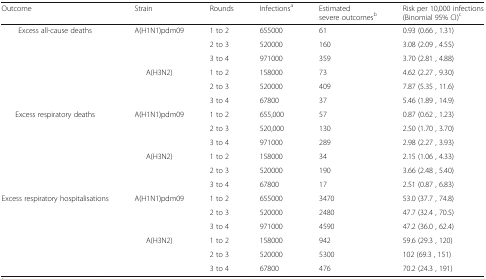
| Outcome | Strain | Rounds | Infectionsa | Estimated severe outcomesb | Risk per 10,000 infections (Binomial 95% CI)c |
 | --- | --- | --- | --- | --- | --- |
 | <ROWSPAN=6> Excess all-cause deaths | <ROWSPAN=3> A(H1N1)pdm09 | 1 to 2 | 655000 | 61 | 0.93 (0.66 , 1.31) |
 | 2 to 3 | 520000 | 160 | 3.08 (2.09 , 4.55) |
 | 3 to 4 | 971000 | 359 | 3.70 (2.81 , 4.88) |
 | <ROWSPAN=3> A(H3N2) | 1 to 2 | 158000 | 73 | 4.62 (2.27 , 9.30) |
 | 2 to 3 | 520000 | 409 | 7.87 (5.35 , 11.6) |
 | 3 to 4 | 67800 | 37 | 5.46 (1.89 , 14.9) |
 | <ROWSPAN=6> Excess respiratory deaths | <ROWSPAN=3> A(H1N1)pdm09 | 1 to 2 | 655,000 | 57 | 0.87 (0.62 , 1.23) |
 | 2 to 3 | 520,000 | 130 | 2.50 (1.70 , 3.70) |
 | 3 to 4 | 971000 | 289 | 2.98 (2.27 , 3.93) |
 | <ROWSPAN=3> A(H3N2) | 1 to 2 | 158000 | 34 | 2.15 (1.06 , 4.33) |
 | 2 to 3 | 520000 | 190 | 3.66 (2.48 , 5.40) |
 | 3 to 4 | 67800 | 17 | 2.51 (0.87 , 6.83) |
 | <ROWSPAN=6> Excess respiratory hospitalisations | <ROWSPAN=3> A(H1N1)pdm09 | 1 to 2 | 655000 | 3470 | 53.0 (37.7 , 74.8) |
 | 2 to 3 | 520000 | 2480 | 47.7 (32.4 , 70.5) |
 | 3 to 4 | 971000 | 4590 | 47.2 (36.0 , 62.4) |
 | <ROWSPAN=3> A(H3N2) | 1 to 2 | 158000 | 942 | 59.6 (29.3 , 120) |
 | 2 to 3 | 520000 | 5300 | 102 (69.3 , 151) |
 | 3 to 4 | 67800 | 476 | 70.2 (24.3 , 191) |